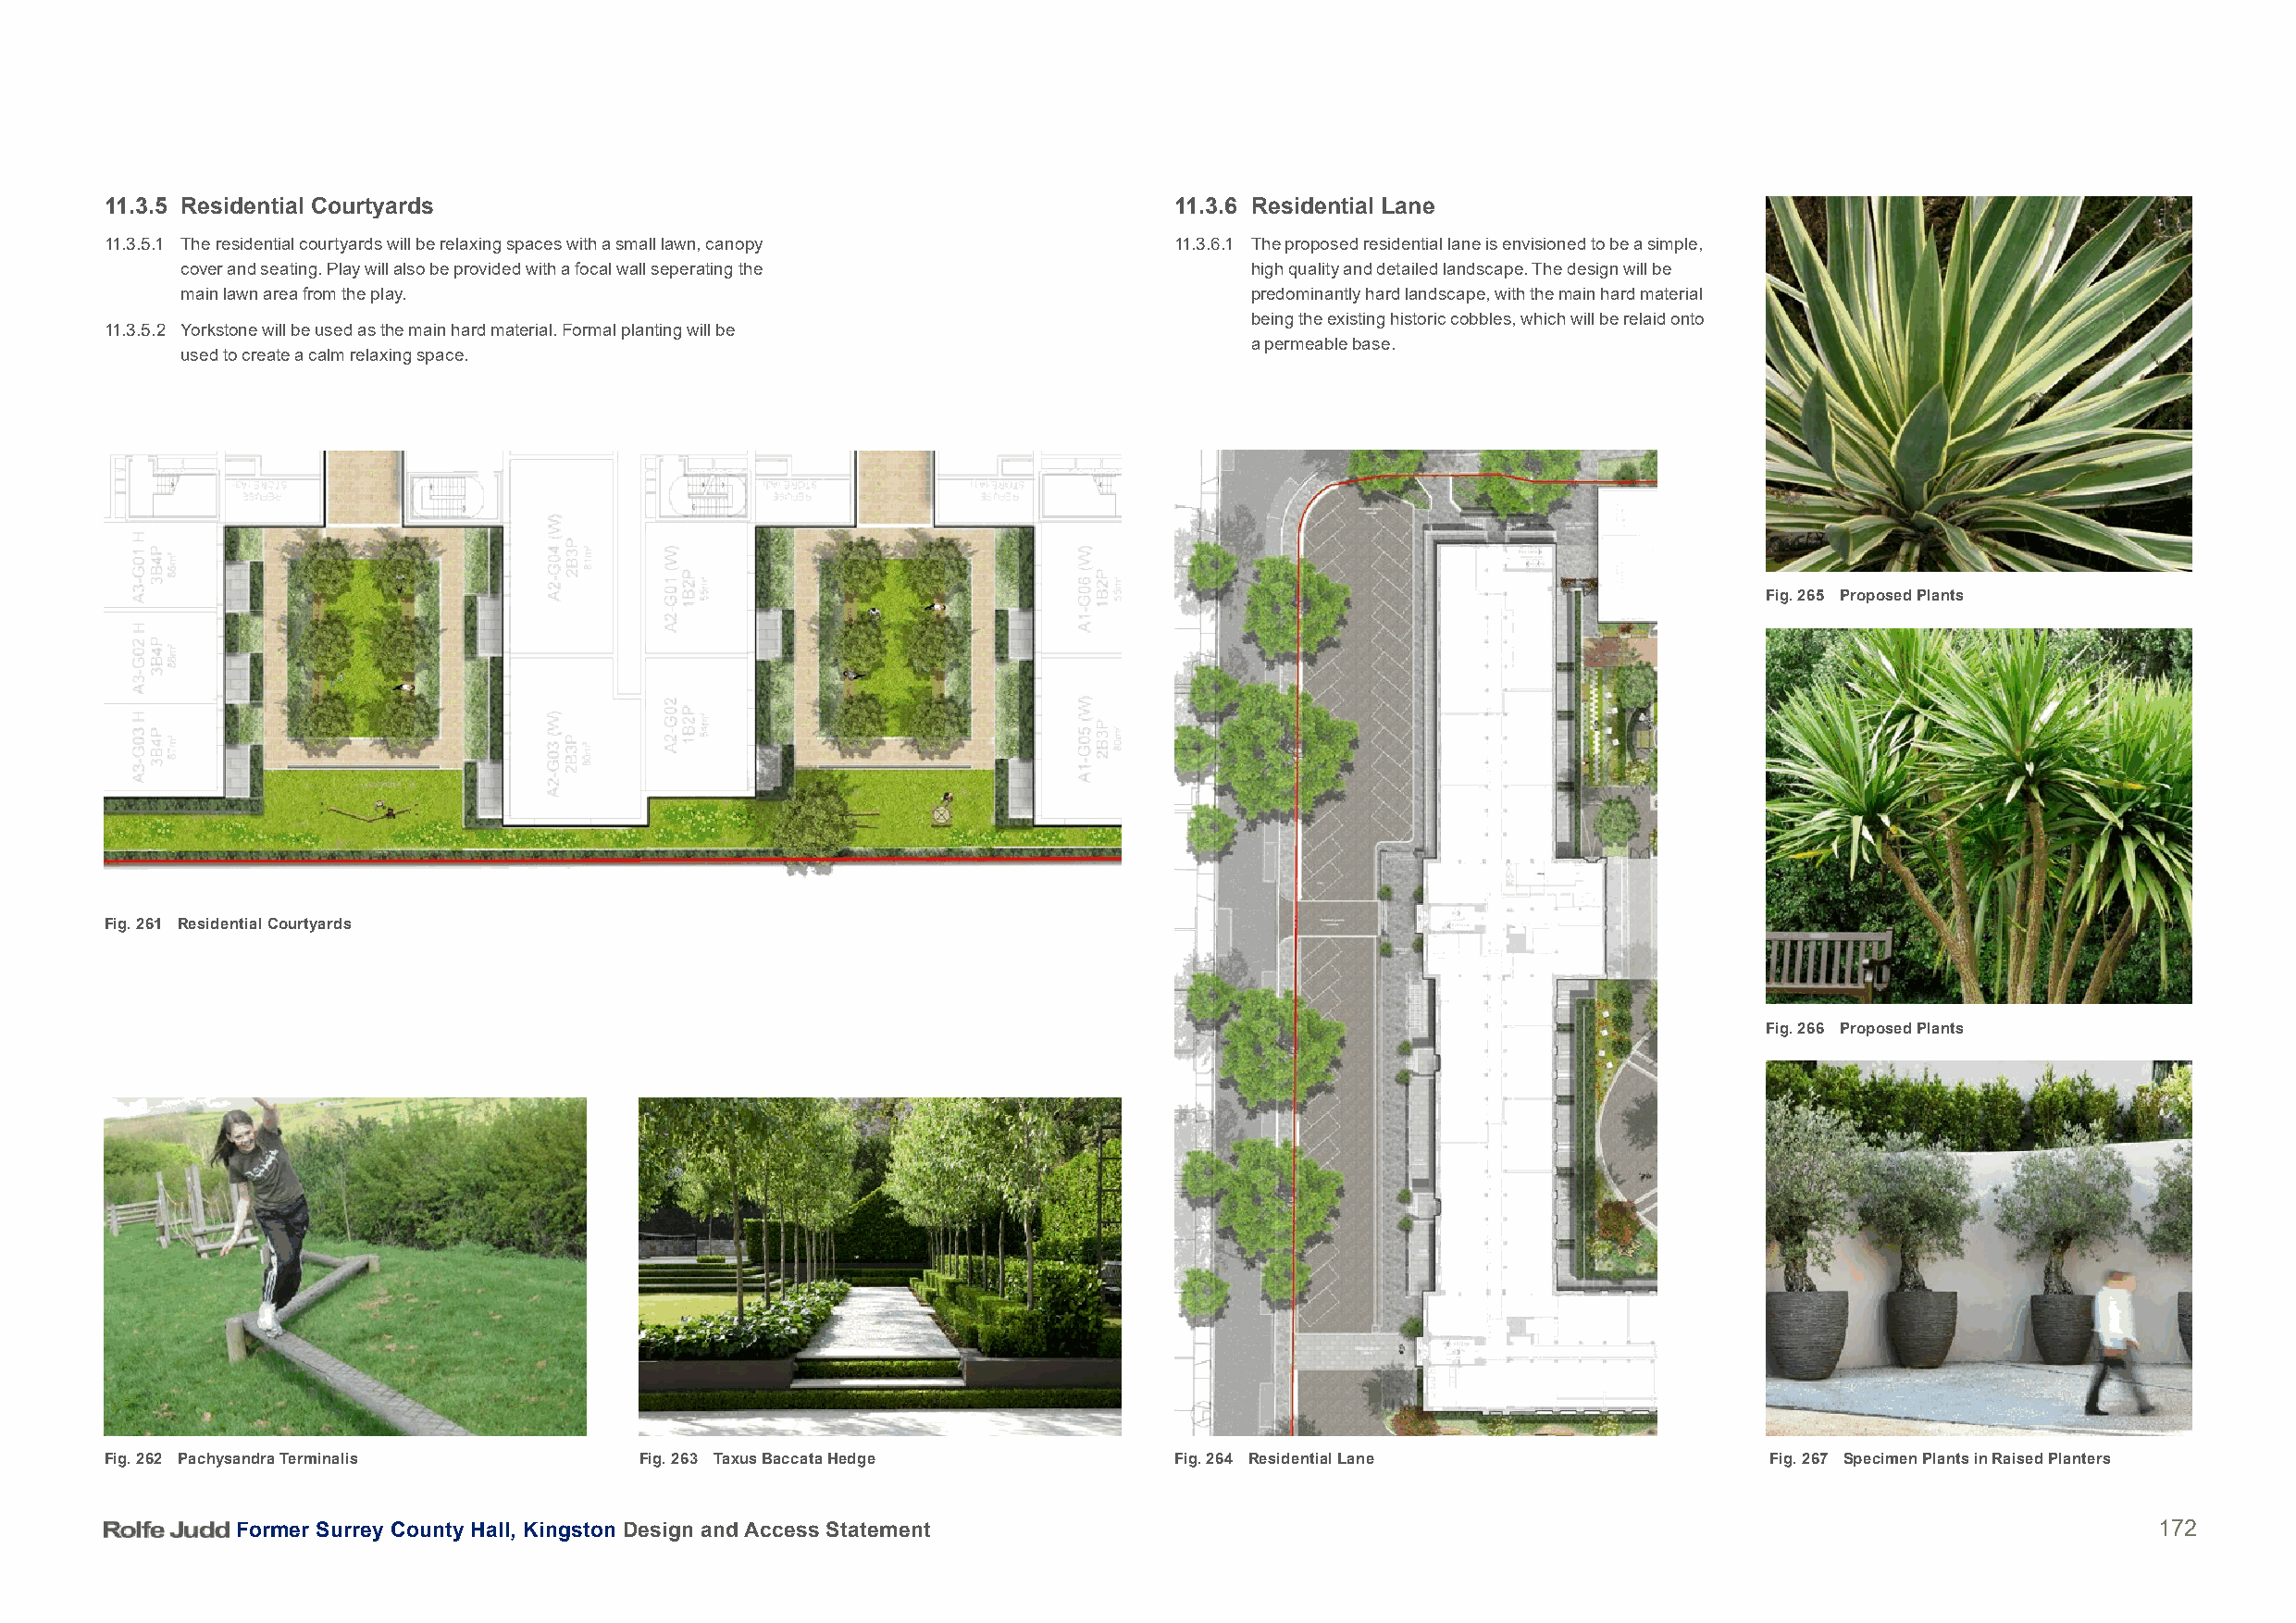
11.3.5 Residential Courtyards                                                11.3.6 Residential Lane
 11.3.5.1 The residential courtyards will be relaxing spaces with a small lawn, canopy 11.3.6.1 The proposed residential lane is envisioned to be a simple,
 cover and seating. Play will also be provided with a focal wall seperating the high quality and detailed landscape. The design will be
 main lawn area from the play.                                               predominantly hard landscape, with the main hard material
 being the existing historic cobbles, which will be relaid onto
 11.3.5.2 Yorkstone will be used as the main hard material. Formal planting will be
 a permeable base.
 used to create a calm relaxing space.
 Fig. 265 Proposed Plants
 Fig. 261 Residential Courtyards
 Fig. 266 Proposed Plants
 Fig. 262 Pachysandra Terminalis        Fig. 263 Taxus Baccata Hedge          Fig. 264 Residential Lane                  Fig. 267 Specimen Plants in Raised Planters
 Former Surrey County Hall, Kingston Design and Access Statement                                                                          172